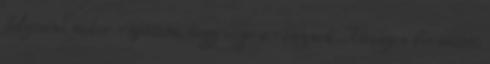
folytatni, mikor rájöttem, hogy vége a résznek. Könnyen berántott,